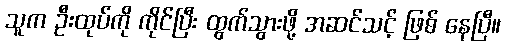
သူက ဦးထုပ်ကို ကိုင်ပြီး ထွက်သွားဖို့ အဆင်သင့် ဖြစ် နေပြီ။